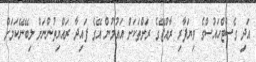
އަދި ގެސްޓްހައުސްގެ ވިޔަފާރި ރާއްޖޭގެ ރަށްތަކަށް އައުމުން އޭގެ ފައިދާ ރައްޔިތުންނަށް ލިބޭނޭކަމަށް